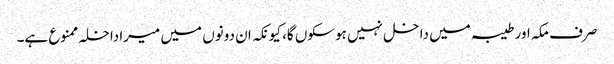
صرف مکہ اور طیبہ میں داخل نہیں ہوسکوں گا، کیونکہ ان دونوں میں میراداخلہ ممنوع ہے۔